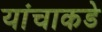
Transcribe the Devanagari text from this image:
यांचाकडे